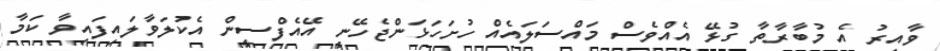
ވާއިރު އެ މުބާރާތާ ގުޅޭ އެއްވެސް މައްސަލައެއް ހުށަހަޅަންޖެހޭނީ އޭއެފްސީން އެކުލަވާލައިފައިވާ ކަމާ